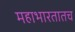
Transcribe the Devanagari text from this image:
महाभारतातच